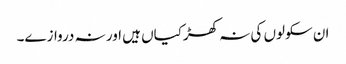
ان سکولوں کی نہ کھڑکیاں ہیں اور نہ دروازے۔